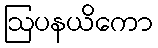
ဩပနယိကော